Civil Veterinary Dept. Bombay admin report 1907-1913 - 1907-1913
Year: 1907
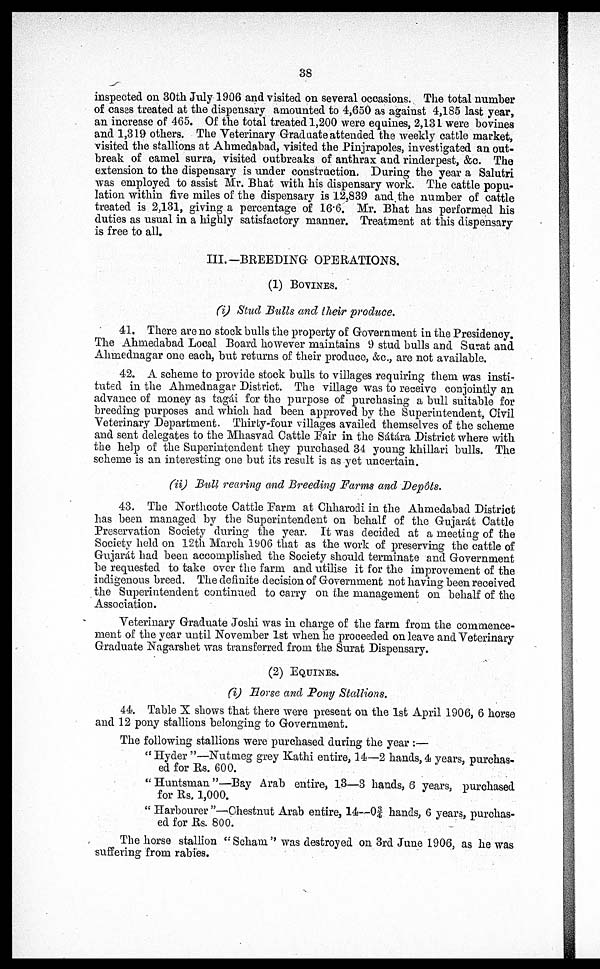
38
inspected on 30th July 1906 and visited on several occasions. The total number
of cases treated at the dispensary amounted to 4,650 as against 4,185 last year,
an increase of 465. Of the total treated 1,200 were equines, 2,131 were bovines
and 1,319 others. The Veterinary Graduate attended the weekly cattle market,
visited the stallions at Ahmedabad, visited the Pinjrapoles, investigated an out-
break of camel surra, visited outbreaks of anthrax and rinderpest, &c. The
extension to the dispensary is under construction, During the year a Salutri
was employed to assist Mr. Bhat with his dispensary work. The cattle popu-
lation within five miles of the dispensary is 12,839 and the number of cattle
treated is 2,131, giving a percentage of 16.6. Mr. Bhat has performed his
duties as usual in a highly satisfactory manner. Treatment at this dispensary
is free to all.
III.—BREEDING OPERATIONS.
(1) BOVINES.
(i) Stud Bulls and their produce.
41. There are no stock bulls the property of Government in the Presidency.
The Ahmedabad Local Board however maintains 9 stud bulls and Surat and
Ahmednagar one each, but returns of their produce, &c., are not available.
42. A scheme to provide stock bulls to villages requiring them was insti-
tuted in the Ahmednagar District. The village was to receive conjointly an
advance of money as tagái for the purpose of purchasing a bull suitable for
breeding purposes and which had been approved by the Superintendent, Civil
Veterinary Department. Thirty-four villages availed themselves of the scheme
and sent delegates to the Mhasvad Cattle Pair in the Sátára District where with
the help of the Superintendent they purchased 34 young khillari bulls. The
scheme is an interesting one but its result is as yet uncertain.
(ii) Bull rearing and Breeding Farms and Depôts.
43. The Northcote Cattle Farm at Chharodi in the Ahmedabad District
has been managed by the Superintendent on behalf of the Gujarát Cattle
Preservation Society during the year. It was decided at a meeting of the
Society held on 12th March 1906 that as the work of preserving the cattle of
Gujarát had been accomplished the Society should terminate and Government
be requested to take over the farm and utilise it for the improvement of the
indigenous breed. The definite decision of Government not having been received
the Superintendent continued to carry on the management on behalf of the
Association.
Veterinary Graduate Joshi was in charge of the farm from the commence-
ment of the year until November 1st when he proceeded on leave and Veterinary
Graduate Nagarshet was transferred from the Surat Dispensary.
(2) EQUINES.
(i) Horse and Pony Stallions.
44. Table X shows that there were present on the 1st April 1906, 6 horse
and 12 pony stallions belonging to Government.
The following stallions were purchased during the year :—
"Hyder "—Nutmeg grey Kathi entire, 14—2 hands, 4 years, purchas-
ed for Rs. 600.
" Huntsman "—Bay Arab entire, 13—3 hands, 6 years, purchased
for Rs. 1,000.
" Harbourer "—'Chestnut Arab entire, 14—03/4 hands, 6 years, purchas-
ed for Rs. 800.
The horse stallion "Scham'' was destroyed on 3rd June 1906, as he was
suffering from rabies.